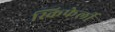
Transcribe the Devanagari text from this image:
स्किफेर्ली